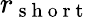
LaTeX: r_{\mathrm{~s~h~o~r~t~}}